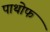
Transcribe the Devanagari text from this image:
पाथोफ